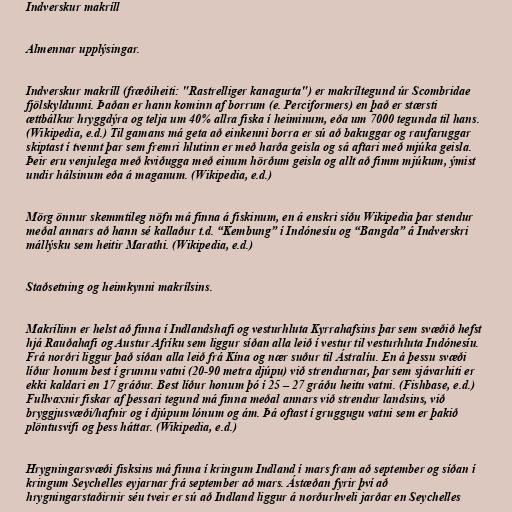
Indverskur makríll

Almennar upplýsingar.

Indverskur makríll (fræðiheiti: "Rastrelliger kanagurta") er makríltegund úr Scombridae
fjölskyldunni. Þaðan er hann kominn af borrum (e. Perciformers) en það er stærsti
ættbálkur hryggdýra og telja um 40% allra fiska í heiminum, eða um 7000 tegunda til hans.
(Wikipedia, e.d.) Til gamans má geta að einkenni borra er sú að bakuggar og raufaruggar
skiptast í tvennt þar sem fremri hlutinn er með harða geisla og sá aftari með mjúka geisla.
Þeir eru venjulega með kviðugga með einum hörðum geisla og allt að fimm mjúkum, ýmist
undir hálsinum eða á maganum. (Wikipedia, e.d.)

Mörg önnur skemmtileg nöfn má finna á fiskinum, en á enskri síðu Wikipedia þar stendur
meðal annars að hann sé kallaður t.d. “Kembung” í Indónesíu og “Bangda” á Indverskri
mállýsku sem heitir Marathi. (Wikipedia, e.d.)

Staðsetning og heimkynni makrílsins.

Makrílinn er helst að finna í Indlandshafi og vesturhluta Kyrrahafsins þar sem svæðið hefst
hjá Rauðahafi og Austur Afríku sem liggur síðan alla leið í vestur til vesturhluta Indónesíu.
Frá norðri liggur það síðan alla leið frá Kína og nær suður til Ástralíu. En á þessu svæði
líður honum best í grunnu vatni (20-90 metra djúpu) við strendurnar, þar sem sjávarhiti er
ekki kaldari en 17 gráður. Best líður honum þó í 25 – 27 gráðu heitu vatni. (Fishbase, e.d.)
Fullvaxnir fiskar af þessari tegund má finna meðal annars við strendur landsins, við
bryggjusvæði/hafnir og í djúpum lónum og ám. Þá oftast í gruggugu vatni sem er þakið
plöntusvifi og þess háttar. (Wikipedia, e.d.)

Hrygningarsvæði fisksins má finna í kringum Indland í mars fram að september og síðan í
kringum Seychelles eyjarnar frá september að mars. Ástæðan fyrir því að
hrygningarstaðirnir séu tveir er sú að Indland liggur á norðurhveli jarðar en Seychelles